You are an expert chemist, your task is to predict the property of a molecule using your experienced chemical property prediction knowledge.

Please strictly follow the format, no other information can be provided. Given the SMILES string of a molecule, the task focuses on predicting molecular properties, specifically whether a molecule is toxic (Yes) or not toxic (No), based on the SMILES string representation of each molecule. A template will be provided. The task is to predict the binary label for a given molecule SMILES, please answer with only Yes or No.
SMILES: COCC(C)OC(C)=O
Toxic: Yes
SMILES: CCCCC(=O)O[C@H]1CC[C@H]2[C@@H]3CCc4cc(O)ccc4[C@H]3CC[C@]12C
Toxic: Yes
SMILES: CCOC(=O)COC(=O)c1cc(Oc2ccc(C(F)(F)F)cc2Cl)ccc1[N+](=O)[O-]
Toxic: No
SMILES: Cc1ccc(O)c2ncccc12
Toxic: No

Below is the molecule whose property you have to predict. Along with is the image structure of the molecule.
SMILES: CC(C)n1c(/C=C/[C@@H](O)C[C@@H](O)CC(=O)[O-])c(-c2ccc(F)cc2)c2ccccc21
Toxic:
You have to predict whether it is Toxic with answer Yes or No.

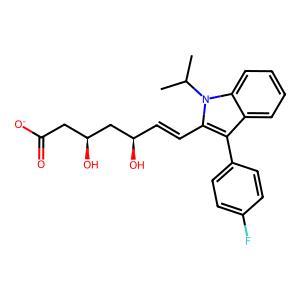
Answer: No